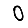
Digit: 0